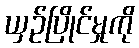
ယှဉ်ပြိုင်မှုကို